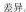
差异。